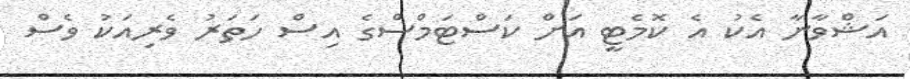
އަޝްވާނާ އެކު އެ ކޮމެޓީ އަށް ކަސްޓަމްސްގެ އިސް ހަތަރު ވެރިއަކު ވެސް